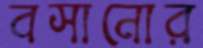
বসানোর